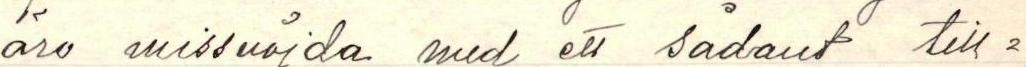
äro missnöjda med ett sådant till-